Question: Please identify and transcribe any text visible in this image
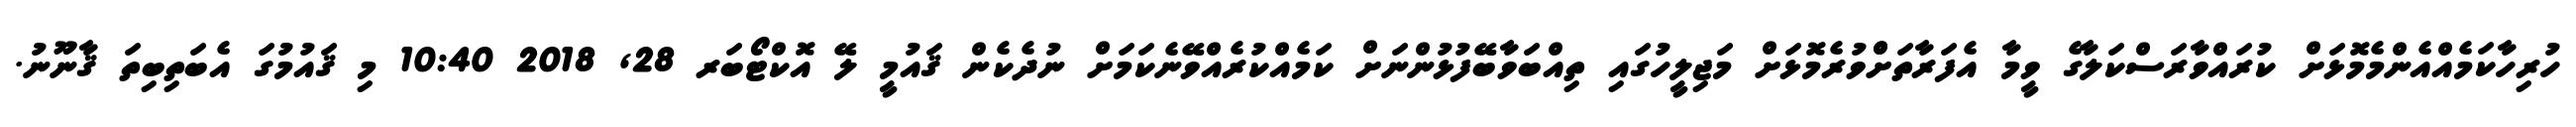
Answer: ހުރިހާކަމެއްއެންމެމޮޅަށް ކުރައްވާރަސްކަލާގެ ވީމާ އެފަރާތަށްްވުރެމޮޅަށް މަޖިލީހުގައި ތިއްބަވާބޭފުޅުންނަށް ކަމެއްކުރެއްވޭނެކަމަށް ނުދެކެން ޤައުމީ ލޭ އޮކްޓޯބަރ 28, 2018 10:40 މި ޤައުމުގަ އެބަތިބިތަ ޤާނޫނު.